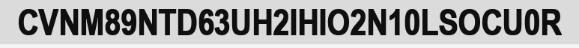
CVNM89NTD63UH2IHIO2N10LSOCU0R